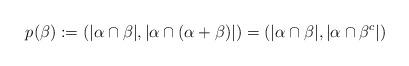
LaTeX: \begin{align*}p(\beta) :=\left( | \alpha \cap \beta|, | \alpha \cap (\alpha + \beta)| \right) = ( |\alpha \cap \beta|, | \alpha \cap \beta^c| )\end{align*}